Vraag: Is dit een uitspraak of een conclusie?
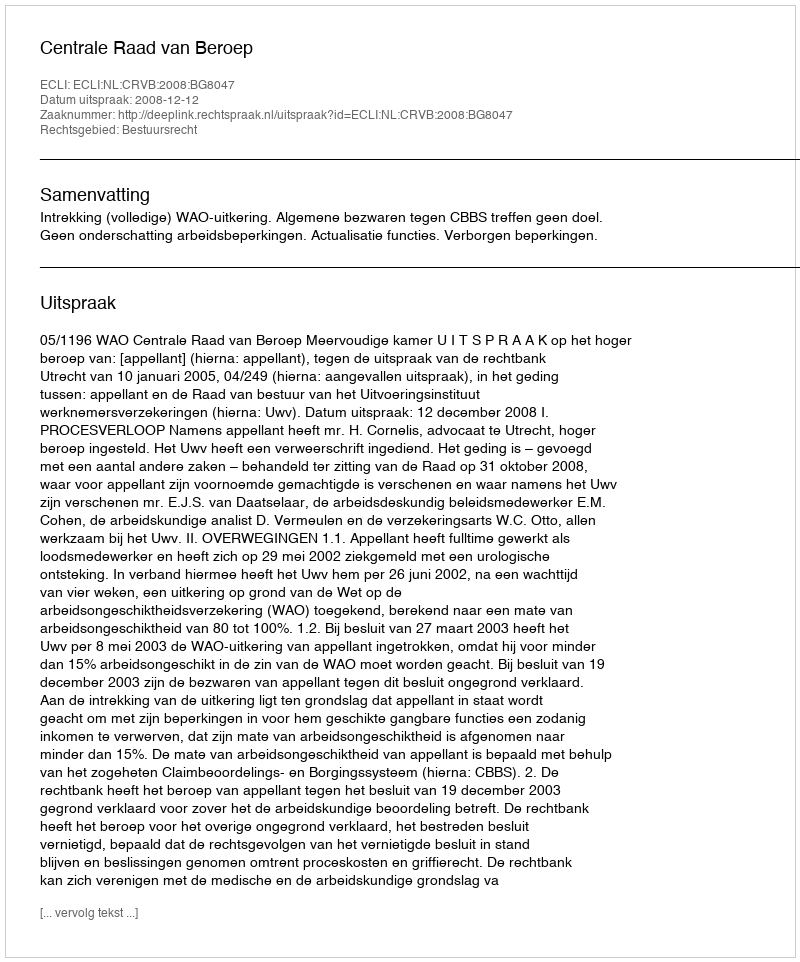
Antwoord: Uitspraak